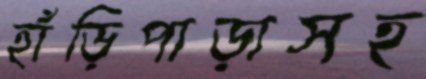
হাঁড়িপাড়াসহ